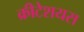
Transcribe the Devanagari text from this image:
क्रीटेशयस